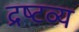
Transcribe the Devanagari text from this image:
द्रष्‍टव्य